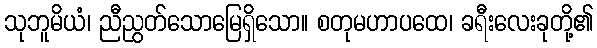
သုဘူမိယံ၊ ညီညွတ်သောမြေရှိသော။ စတုမဟာပထေ၊ ခရီးလေးခုတို့၏